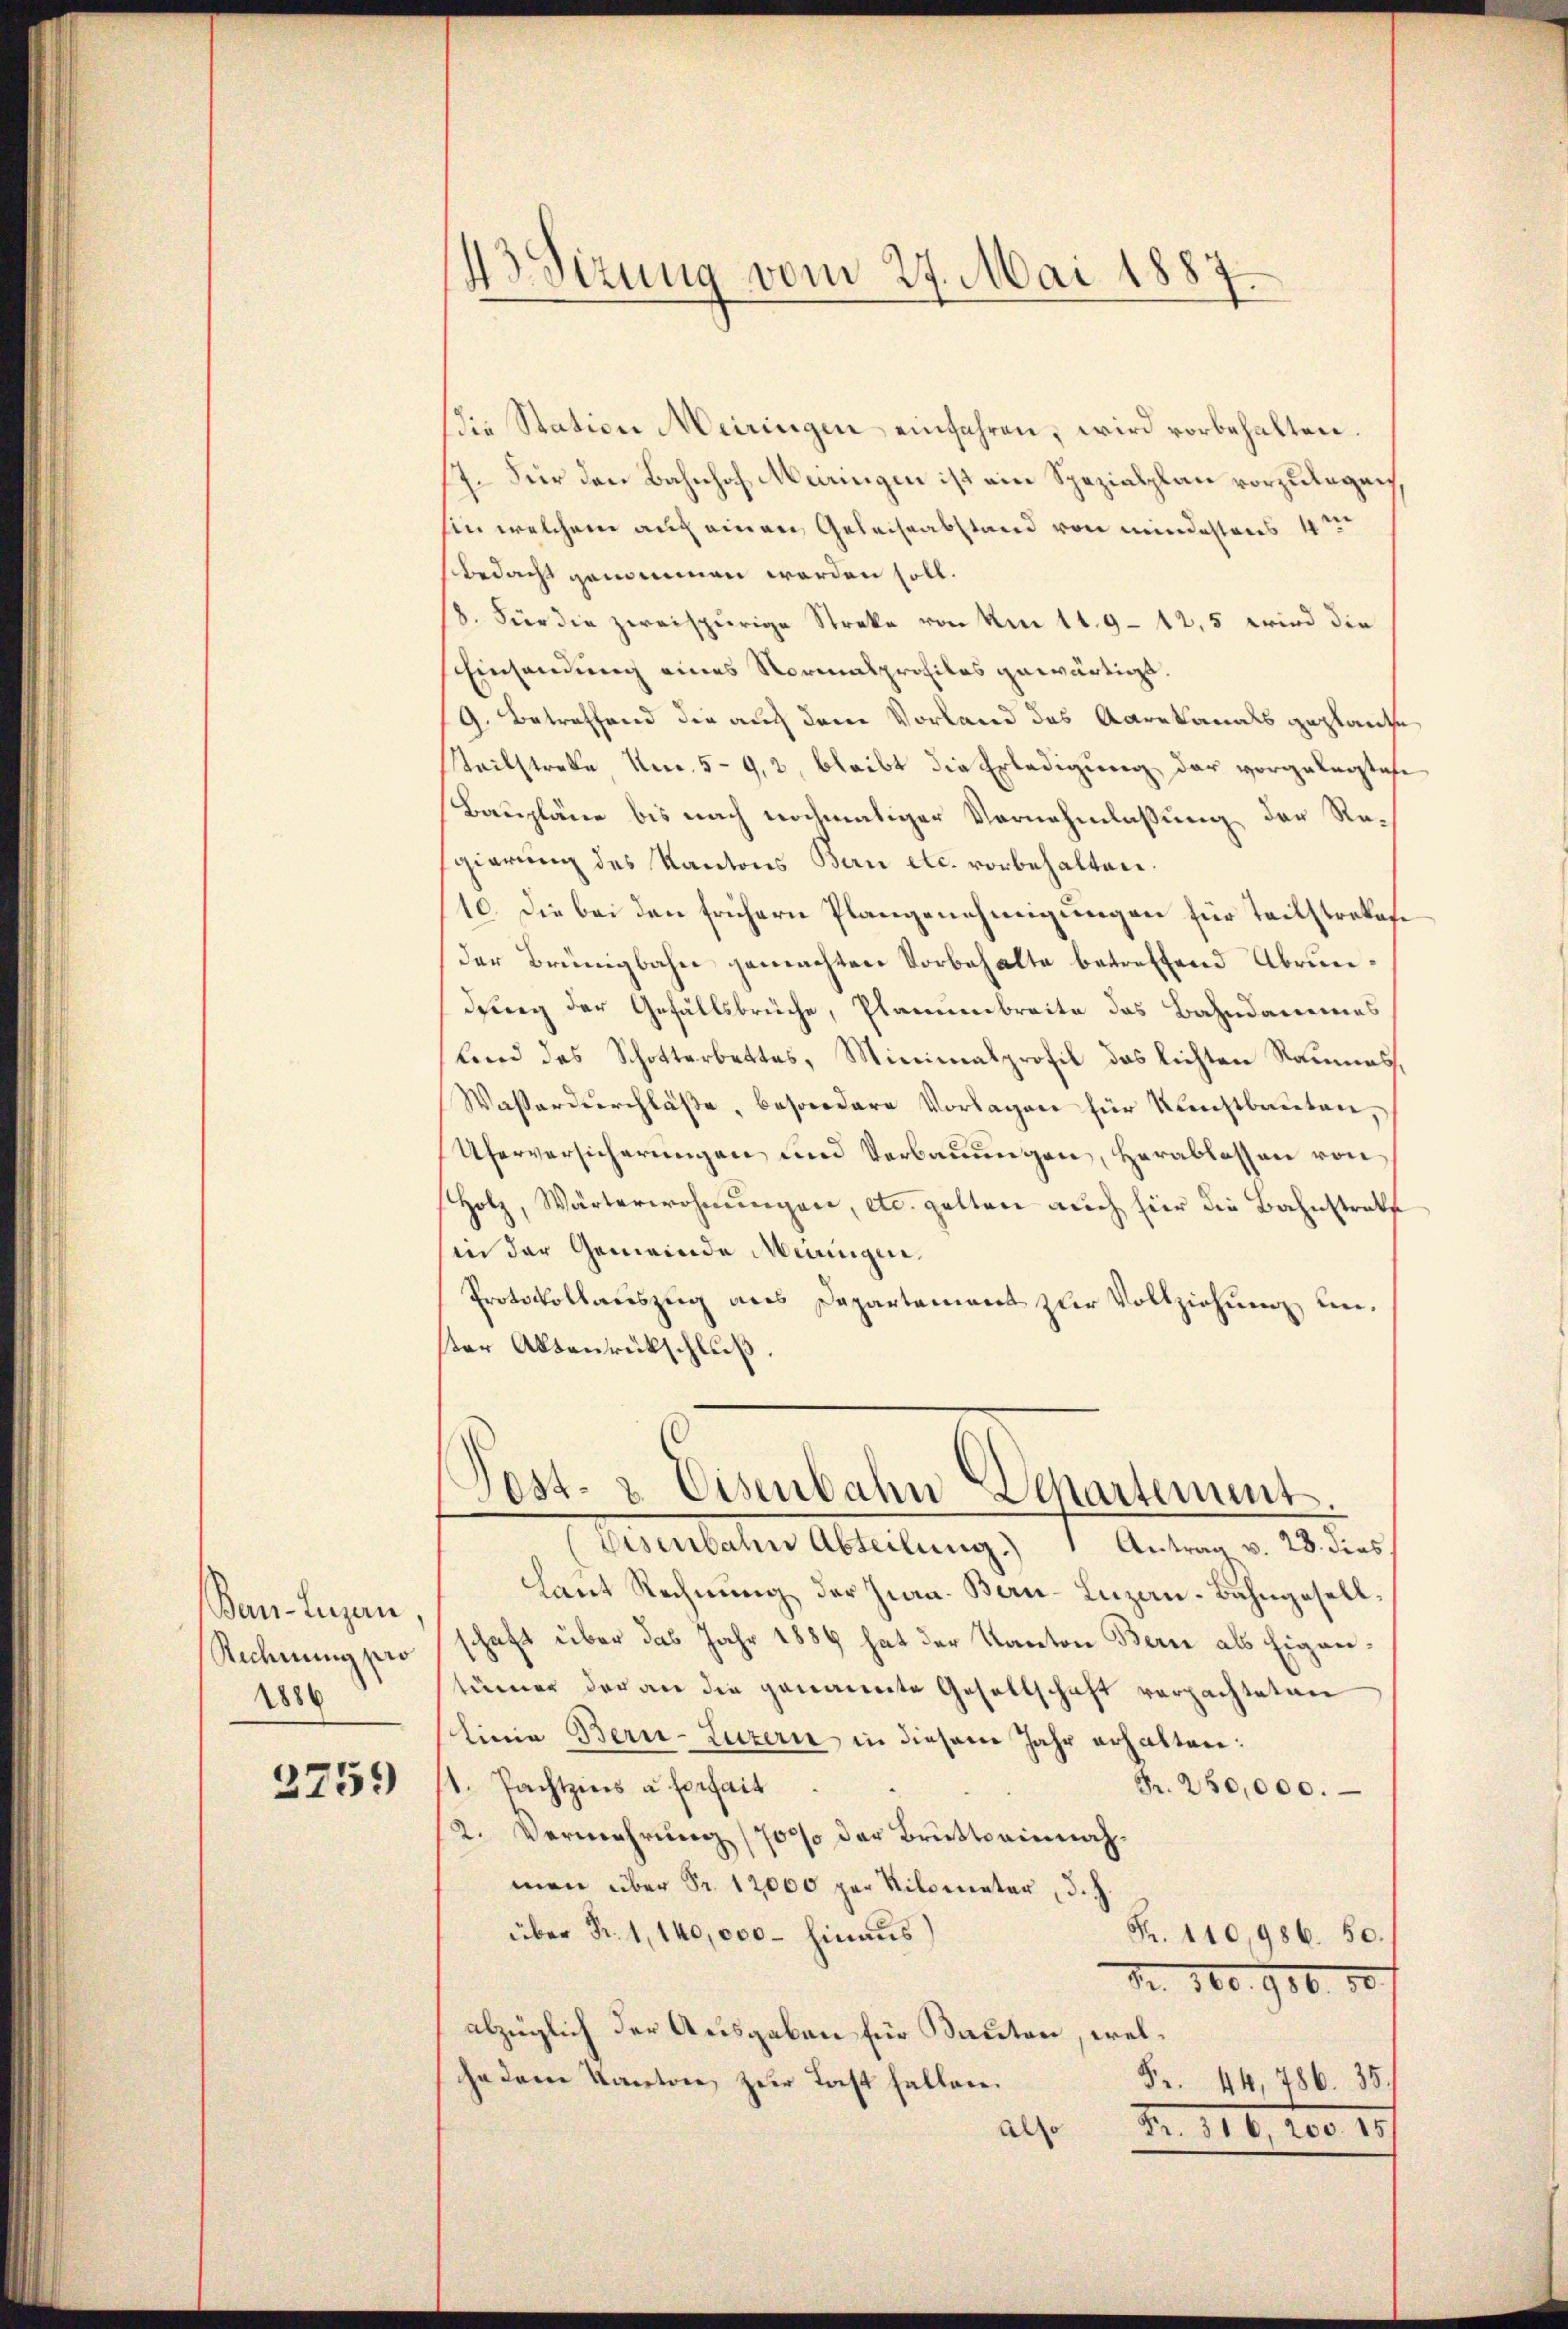
Ban-Luzan,
Rechnung pro
1886

2759

Die Station Meiringen einfahren, wird vorbehalten.
17. Für den Bahnhof Meiringen ist ein Spezialplan vorzulegen
hin welchem auf einen Geleissabstand von mindestens 4 t
bedacht genommen werden soll.
8. Für die zweispurige Streke von Am 11. 9–12,5 wird die
Einsendung eines Normalprohilos gewärtigt.
9. Betreffend die auch dem Vorland des Aarekanals geplaiche
Steilstraße Nr. 592, bleibt die Erledigung der vorgelegtete
Baupläne bis nach nochmaliger Vernehmlassung der Regierung des Kantons Bern etc. vorbehalten.
10. Die bei den frühern Plangenehmigungen für Teilstrekase
der Brünigbahn gemachten Vorbehalte betreffend Abrundung der Gefällsbrüche, Planienbreite des Bahndammes
lind das Schotterbettes, Minimalprofil das lichten Raumes,
Wasserdurchläße, besondere Vorlagen für Kunstbauten,
Uferversicherungen und Verbauungen, Herablassen von
Holz, Wärterwohnŭngen, etc. gelten auch hier die Bahnstrakt
in der Gemeinde Meiringen.
Protokollauszug aus Departament zur Vollziehung un
ster Absenrückschluß.

.
Sizung vom 27. Mai 1887

Pest- & Eisenbahn Departement

Eisenbahn Abteilung.) Antrag v. 28. dies
Laut Rechnŭng der Jura. Bern-Luzan-Bahngesell
schaft über das Jahr 1889 hat der Kanton Bern als Eigentümer der an die genannte Gesellschaft verpachteten
Linie Bern-Luzern in diesem Jahr erhalten:
st. Nachtzins à fortait
Fr. 250,000.
2. Vermehrung (70% der Brütte einnahmen über Fr. 12000 per Kilometer, d.
über Fr. 1, 140,000 - hinaus
Fr. 110,986. 50.
Nr. 160. 906. 18
abzüglich der Ausgaben für Kauten, welhedem Kantone zur Last fallen.
Fr. 44, 786. 35.
Also Fr. 316, 200. 15